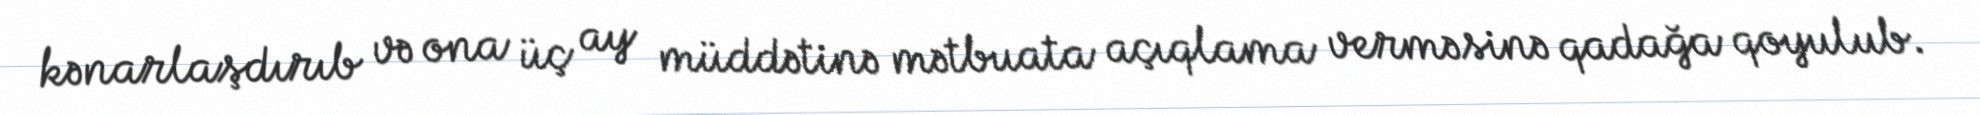
kənarlaşdırıb və ona üç ay müddətinə mətbuata açıqlama verməsinə qadağa qoyulub.